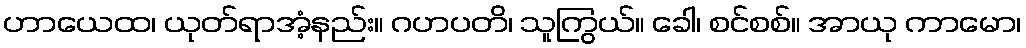
ဟာယေထ၊ ယုတ်ရာအံ့နည်း။ ဂဟပတိ၊ သူကြွယ်။ ခေါ၊ စင်စစ်။ အာယု ကာမော၊